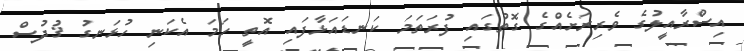
އިސްރާއީލުގެ ވެރިރަށެއްގެ ގޮތުގައި ފުރަތަމަ ކަނޑައަޅާފައި އޮތީ ހަމަ އެކަނި ހުޅަނގު ޤުދުސް